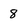
Character: 8